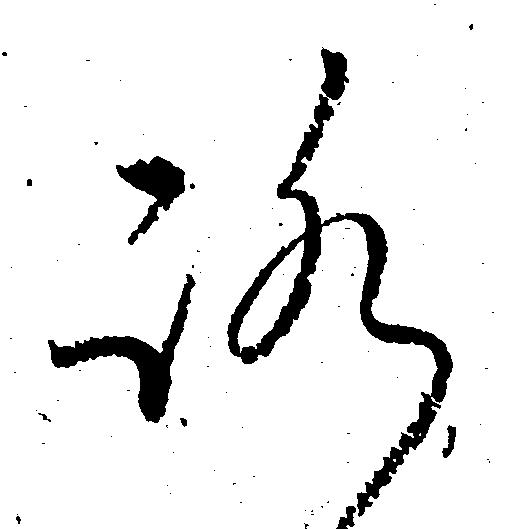
ろ